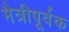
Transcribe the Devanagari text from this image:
मैत्रीपूर्वक